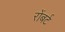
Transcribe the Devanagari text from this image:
रोंबर्ट